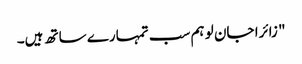
" زائرا جان لو ہم سب تمہارے ساتھ ہیں۔